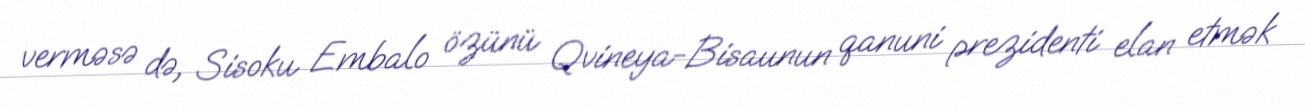
verməsə də, Sisoku Embalo özünü Qvineya-Bisaunun qanuni prezidenti elan etmək